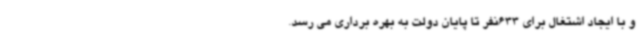
و با ایجاد اشتغال برای 633نفر تا پایان دولت به بهره برداری می رسد.